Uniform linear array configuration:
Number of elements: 16
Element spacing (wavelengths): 0.5
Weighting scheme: blackman
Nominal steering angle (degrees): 60
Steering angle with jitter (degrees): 58.455
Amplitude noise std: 0.05
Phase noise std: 0.05

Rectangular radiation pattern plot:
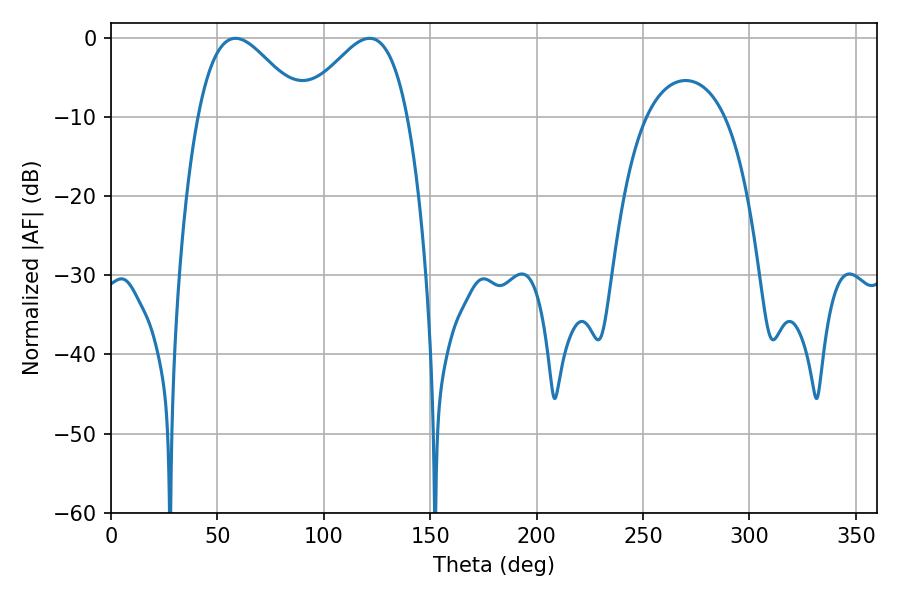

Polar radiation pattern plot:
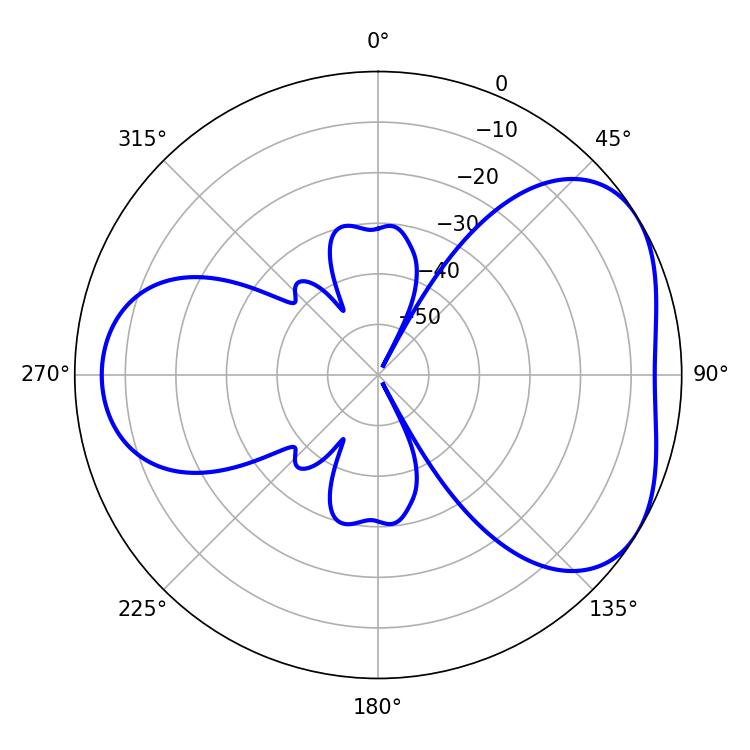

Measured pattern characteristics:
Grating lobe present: FALSE
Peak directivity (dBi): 4.358
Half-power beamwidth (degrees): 26.64
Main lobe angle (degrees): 58.5